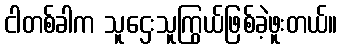
ငါတစ်ခါက သူဌေးသူကြွယ်ဖြစ်ခဲ့ဖူးတယ်။